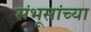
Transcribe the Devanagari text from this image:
संभूसांच्या